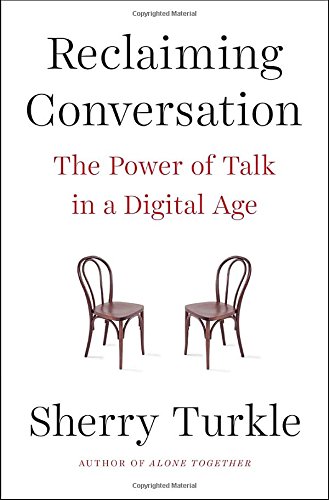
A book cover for Reclaiming Conversation: The Power of Talk in a Digital Age; Sherry Turkle; Parenting & Relationships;